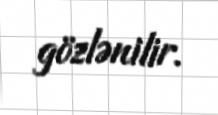
gözlənilir.